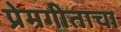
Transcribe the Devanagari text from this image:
प्रेमगीताचा